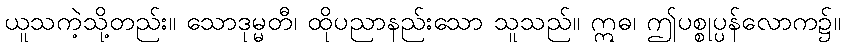
ယူသကဲ့သို့တည်း။ သောဒုမ္မတီ၊ ထိုပညာနည်းသော သူသည်။ ဣဓ၊ ဤပစ္စုပ္ပန်လောက၌။